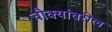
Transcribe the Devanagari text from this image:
चौक्यांवरील